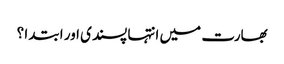
بھارت میں انتہا پسندی اور ابتدا ؟